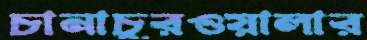
চানাচুরওয়ালার